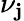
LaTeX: \nu_{\mathbf{j}}